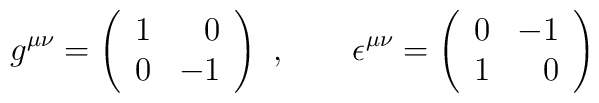
g^{\mu \nu} = \left( \begin{array}{rr} 1 & 0 \\ 0 & -1 \end{array}\right) \ , \qquad\epsilon^{\mu \nu} = \left( \begin{array}{rr} 0 & -1 \\ 1 & 0 \end{array}\right)